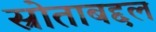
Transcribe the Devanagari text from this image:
स्रोताबद्दल